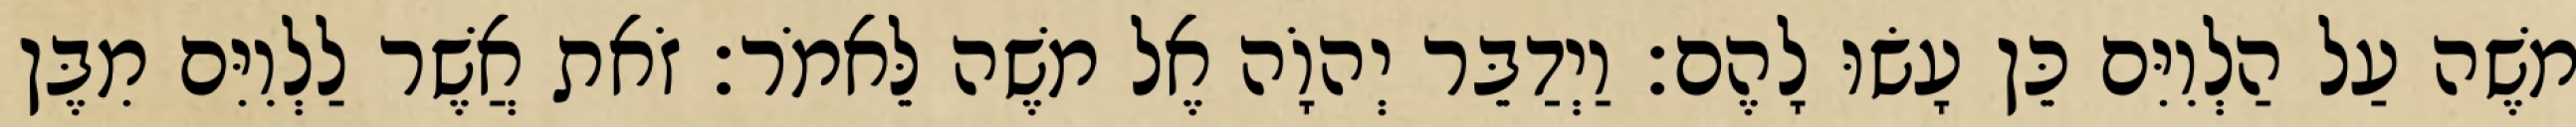
משֶׁה עַל הַלְוִיִּם כֵּן עָשׂוּ לָהֶם׃ וַיְדַבֵּר יְהוָֹה אֶל משֶׁה לֵּאמֹר׃ זֹאת אֲשֶׁר לַלְוִיִּם מִבֶּן